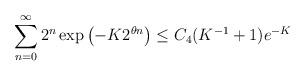
LaTeX: \begin{align*}\sum_{n=0}^\infty 2^n \exp\left(-K 2^{\theta n}\right) \leq C_4 (K^{-1}+1) e^{-K}\end{align*}